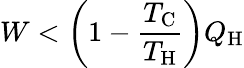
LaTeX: W<\left(1-{\frac{T_{\mathrm{C}}}{T_{\mathrm{H}}}}\right)Q_{\mathrm{H}}